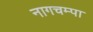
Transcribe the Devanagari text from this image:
नागचम्पा